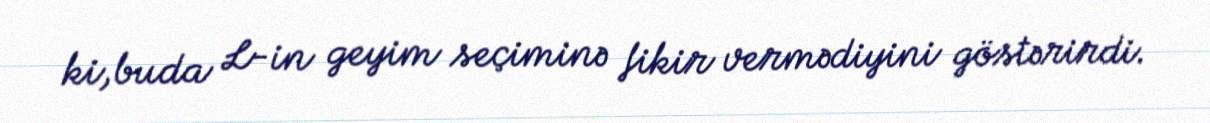
ki,buda L-in geyim seçiminə fikir vermədiyini göstərirdi.